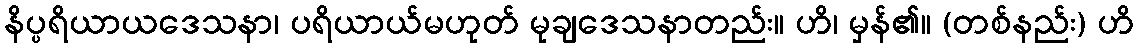
နိပ္ပရိယာယဒေသနာ၊ ပရိယာယ်မဟုတ် မုချဒေသနာတည်း။ ဟိ၊ မှန်၏။ (တစ်နည်း) ဟိ